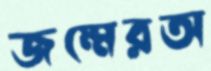
জম্মেরঅ